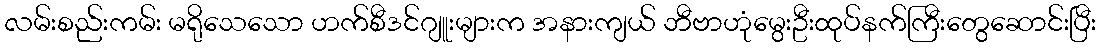
လမ်းစည်းကမ်း မရိုသေသော ဟက်စီဒင်ဂျူးများက အနားကျယ် ဘီဗာဟုံမွေးဦးထုပ်နက်ကြီးတွေဆောင်းပြီး